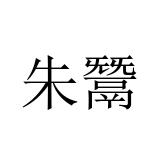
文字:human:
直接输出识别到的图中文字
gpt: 朱鬵